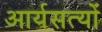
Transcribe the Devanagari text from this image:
आर्यसत्यों